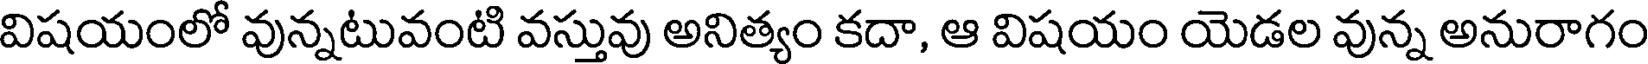
విషయంలో వున్నటువంటి వస్తువు అనిత్యం కదా, ఆ విషయం యెడల వున్న అనురాగం